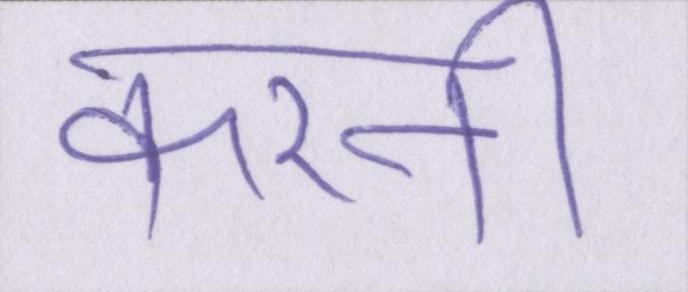
करनी